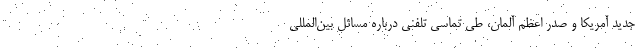
جدید آمریکا و صدر اعظم آلمان، طی تماسی تلفنی درباره مسائل بین‌المللی